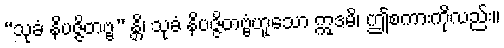
“သုခံ နိပဇ္ဇိတဗ္ဗ” န္တိ၊ သုခံ နိပဇ္ဇိတဗ္ဗံဟူသော ဣဒမိ၊ ဤစကားကိုလည်း။